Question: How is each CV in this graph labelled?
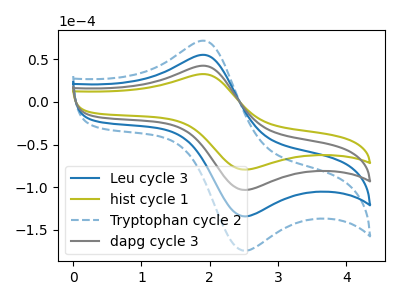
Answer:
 <answer>The blue curve is labeled "Leu cycle 3". The olive curve is labeled "hist cycle 1". The blue dashed curve is labeled "Tryptophan cycle 2". The gray curve is labeled "dapg cycle 3".</answer>
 <eval></eval>